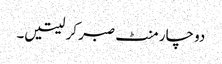
دو چار منٹ صبر کر لیتیں۔